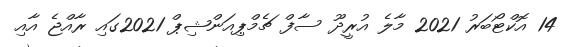
14 އޮކްޓޯބަރު 2021 މާލެ އުރީދޫ ސާފް ޗެމްޕިއަންޝިޕް 2021ގައި ރާއްޖެ އާއި